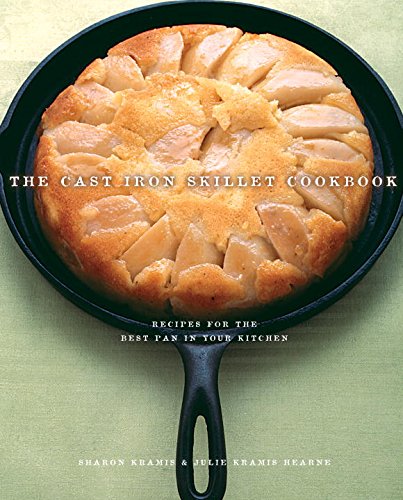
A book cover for The Cast Iron Skillet Cookbook: Recipes for the Best Pan in Your Kitchen; Sharon Kramis; Cookbooks, Food & Wine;